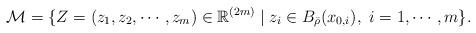
LaTeX: \begin{align*}\mathcal{M}=\{Z=(z_1,z_2,\cdots, z_m)\in\mathbb{R}^{(2m)}\mid z_i\in B_{\bar{\rho}}(x_{0,i}), \ i=1,\cdots,m\}.\end{align*}